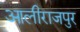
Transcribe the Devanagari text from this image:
आलीराजपुर